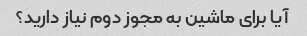
آیا برای ماشین به مجوز دوم نیاز دارید؟